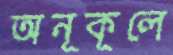
অনূকূলে